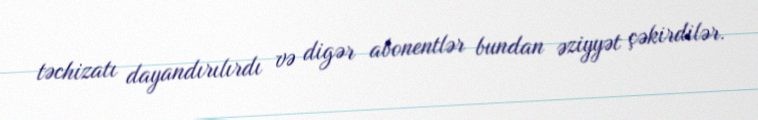
təchizatı dayandırılırdı və digər abonentlər bundan əziyyət çəkirdilər.